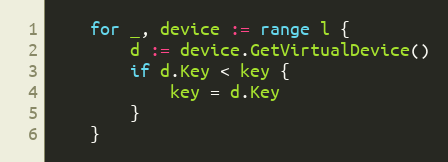
Language: Go
	for _, device := range l {
		d := device.GetVirtualDevice()
		if d.Key < key {
			key = d.Key
		}
	}